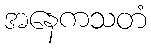
အနေကသတံ